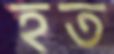
হত